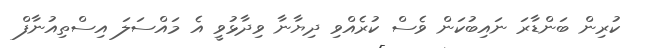
ކުރިން ބަންޑާރަ ނައިބުކަން ވެސް ކުރެއްވި ދިޔާނާ ވިދާޅުވީ އެ މައްސަލަ އިސްތިއުނާފް